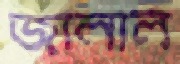
জালাল